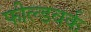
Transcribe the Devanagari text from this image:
फील्डवर्क